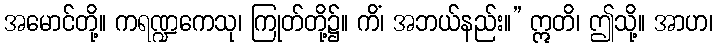
အမောင်တို့။ ကရဏ္ဍကေသု၊ ကြုတ်တို့၌။ ကိံ၊ အဘယ်နည်း။” ဣတိ၊ ဤသို့။ အာဟ၊